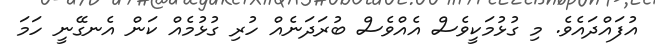
އުފައްދައެވެ. މި ގުޅުމަކީވެސް އެއްވެސް ބުރަދަނެއް ހުރި ގުޅުމެއް ކަން އެނގޭނީ ހަމަ